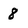
Character: 8